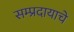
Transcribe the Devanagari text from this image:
सम्प्रदायाचे